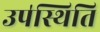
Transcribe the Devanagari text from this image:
उप॑स्थिति